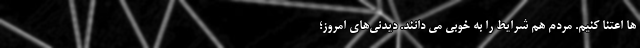
ها اعتنا کنیم. مردم هم شرایط را به خوبی می دانند. دیدنی‌های امروز؛